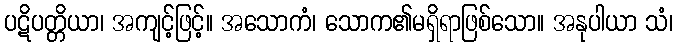
ပဋိပတ္တိယာ၊ အကျင့်ဖြင့်။ အသောကံ၊ သောက၏မရှိရာဖြစ်သော။ အနုပါယာ သံ၊